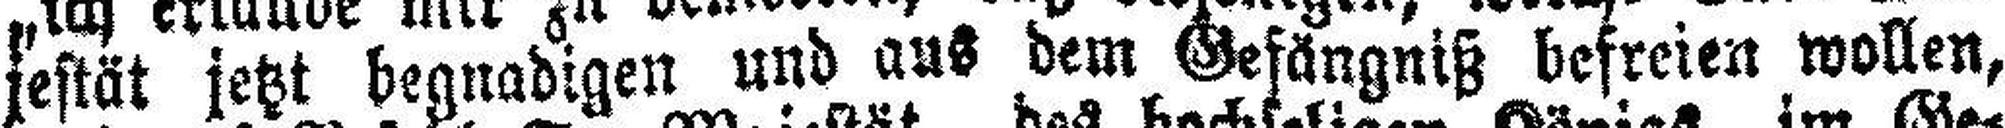
jestät jetzt begnadigen und aus dem Gefängniß befreien wollen,